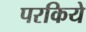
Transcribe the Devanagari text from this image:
परकिये